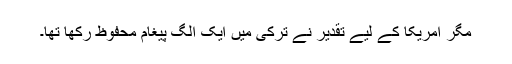
مگر امریکا کے لیے تقدیر نے ترکی میں ایک الگ پیغام محفوظ رکھا تھا۔